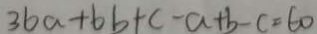
3 6 a + 6 b + c - a + b - c = 6 0